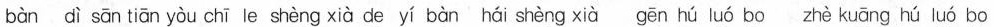
bàn dì sān tiān yòu chī le shèng xià de yí bàn hái shèng xià gēn hú luó bo zhè kuāng hú luó bo